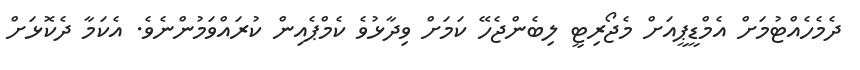
ދެމެހެއްޓުމަށް އެމްޑީޕީއަށް މެޖޯރިޓީ ލިބެންޖެހޭ ކަމަށް ވިދާޅުވެ ކެމްޕެއިން ކުރައްވަމުންނެެވެ. އެކަމާ ދެކޮޅަށް